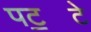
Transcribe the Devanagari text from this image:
पट॒टे